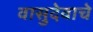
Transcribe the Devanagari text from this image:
वासुदेवाचे